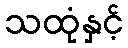
သထုံနှင့်